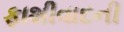
ફાશીવાદની